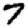
Digit: 7